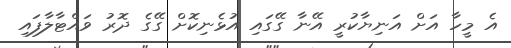
އެ މީހާ އަށް އަނިޔާކުރީ އޭނާ ގޭގައި އުޅެނިކޮށް ގޭގެ ދޮރު ވައްޓާލާފައި